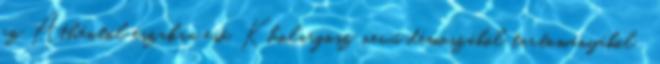
az Athéntól északra eső, Kholargosz nevű démoszából tartományából ,